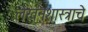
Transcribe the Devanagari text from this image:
लेखनशास्त्राचे